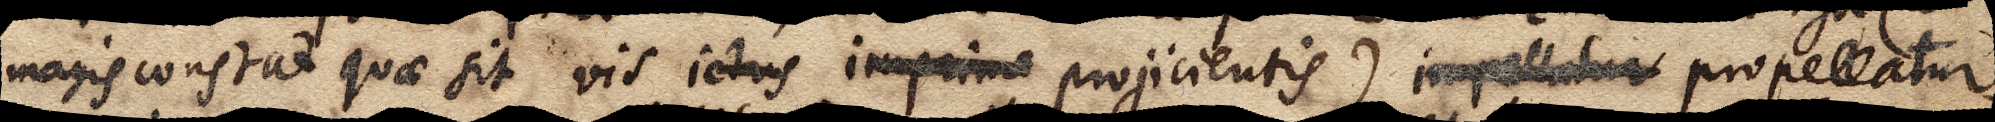
magis constat quae sit vis ictus imprime projicientis) impellatur propellatur,